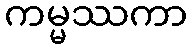
ကမ္မဿကာ